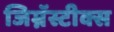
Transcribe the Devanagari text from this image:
जिम्नॅस्टीक्स